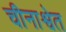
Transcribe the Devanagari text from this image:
चीनाश्वेत